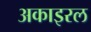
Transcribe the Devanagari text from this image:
अकाइरल